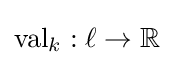
{\text{val}}_{k}:\ell \to \mathbb {R}